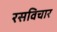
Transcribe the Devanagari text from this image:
रसविचार